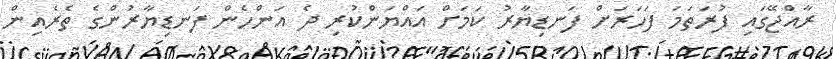
ރާއްޖޭގައި ފުރަތަމަ ފަހަރަށް ފަނޑިޔާރު ކަމަށް އައްޔަންކުރި ދެ އަންހެން ފަނޑިޔާރުންގެ ތެރެއިން